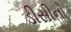
ડીસીનો